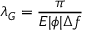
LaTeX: \lambda _ { G } = \frac { \pi } { E | \phi | \Delta f }